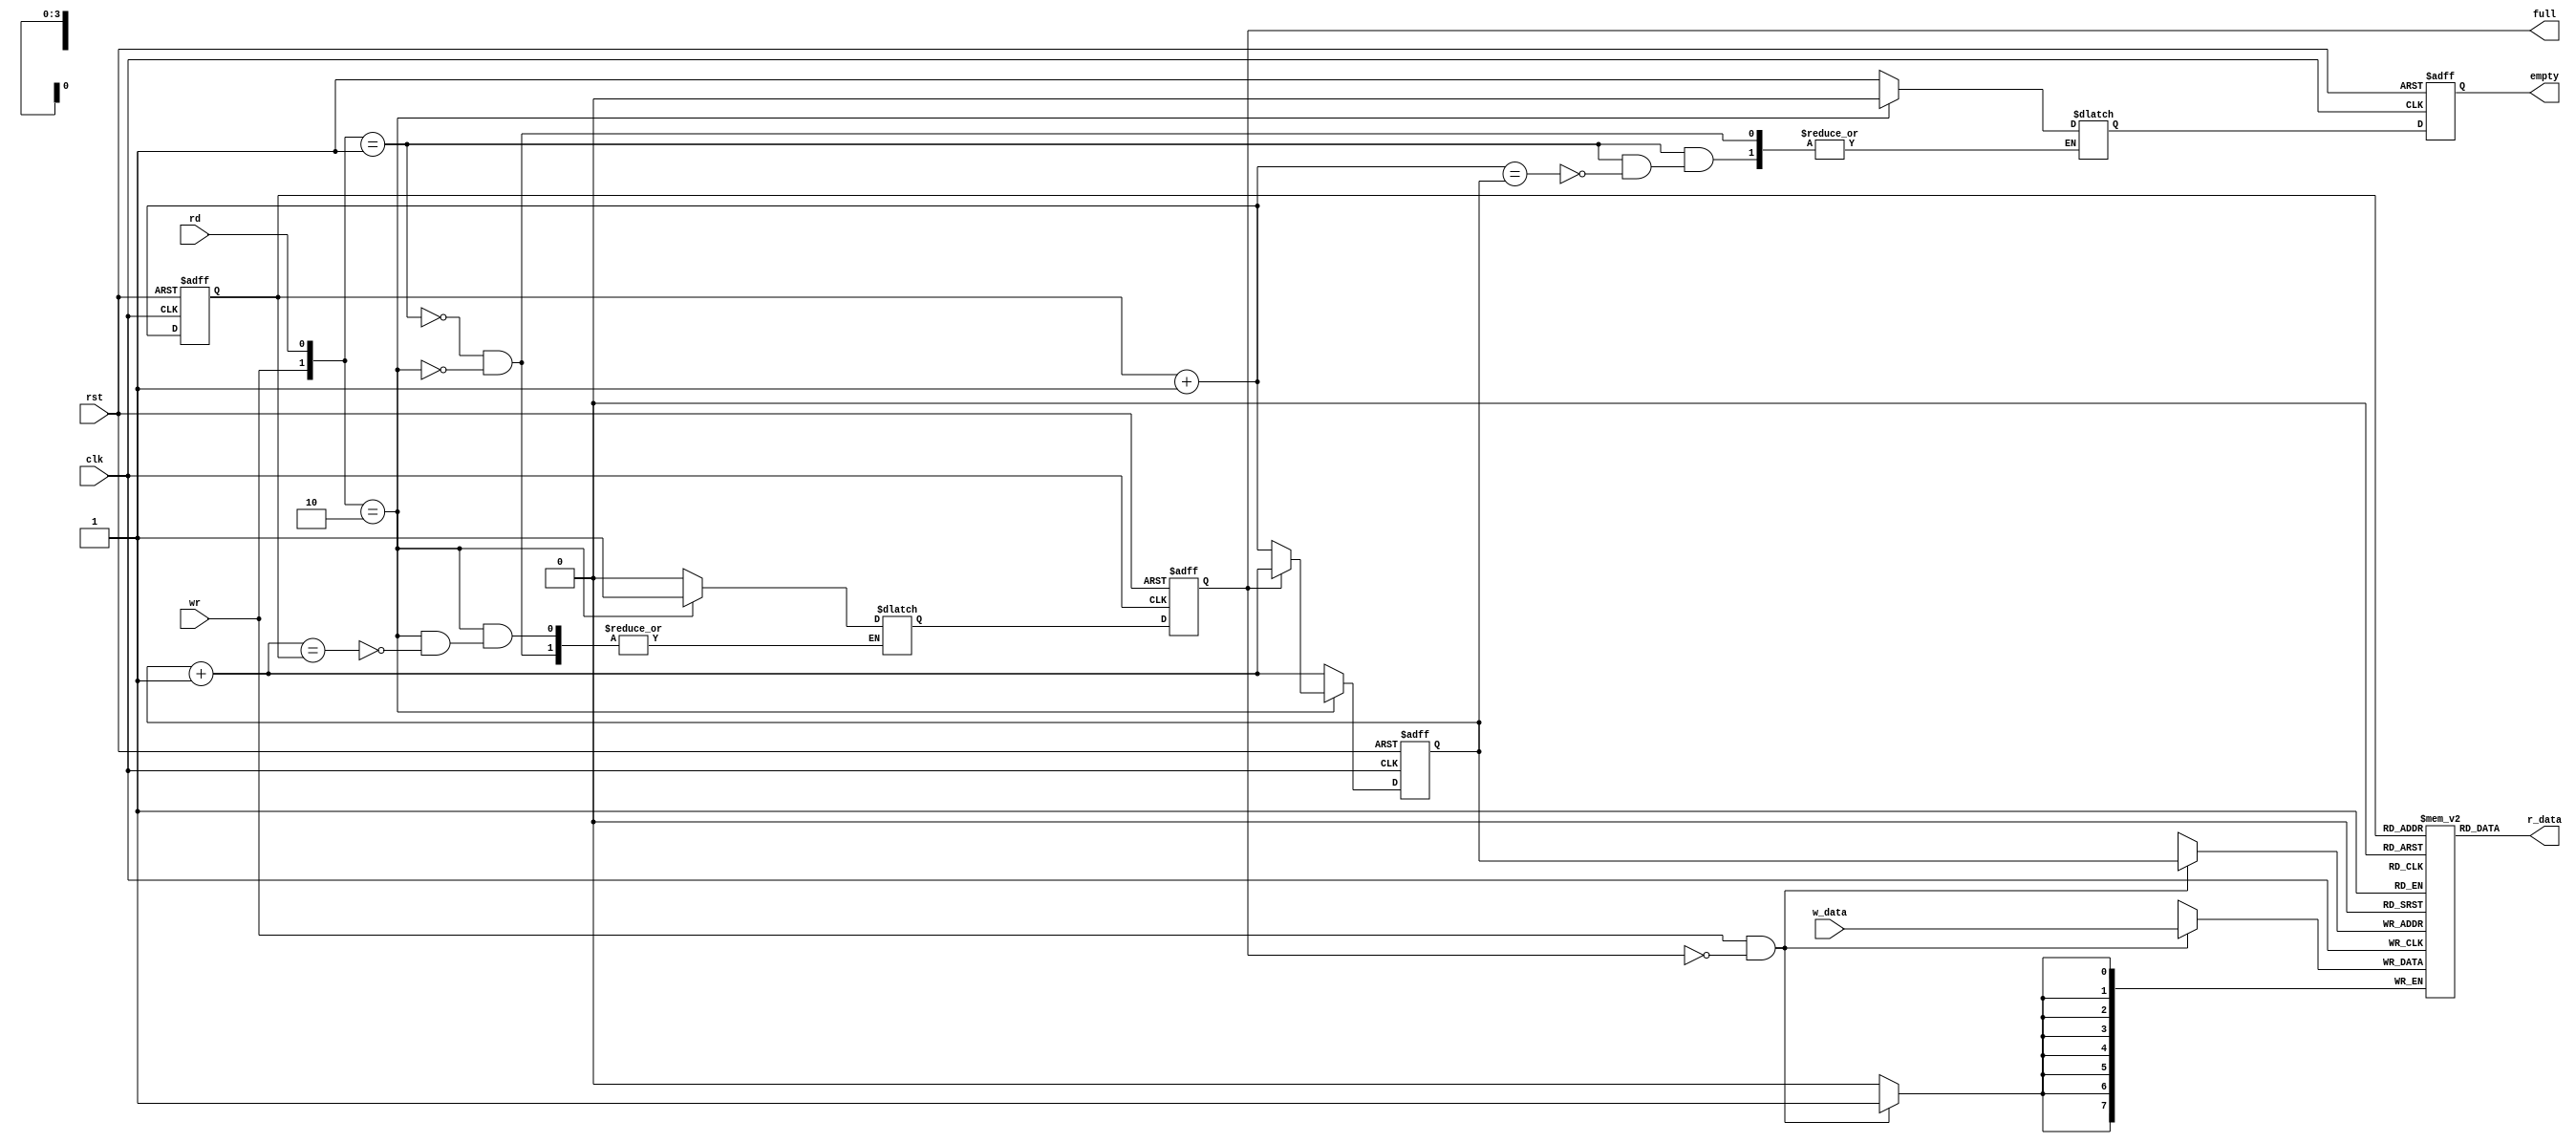
module FIFO#( parameter B = 8, W = 4)
(
	input wire clk, rst,
	input wr, rd,
	input [B-1:0] w_data,
	output wire empty, full,
	output wire [B-1:0] r_data
	);

//signal declaration
reg [B-1:0] array_reg[2**W-1:0];
reg [W-1:0] w_ptr_reg, w_ptr_next, w_ptr_succ;
reg [W-1:0] r_ptr_reg, r_ptr_next, r_ptr_succ;
reg full_reg, empty_reg, full_next, empty_next;
wire wr_en;
// next state logic for register file
always@(posedge clk)
   if(wr_en)
		array_reg[w_ptr_reg] <= w_data;
assign r_data = array_reg[r_ptr_reg];
assign wr_en = wr & (!full_reg);

//next state logic for pointer
always@(posedge clk, posedge rst)
if(rst)
	begin
   w_ptr_reg <= 0;
	r_ptr_reg <= 0;
	full_reg <= 1'b0;
	empty_reg <= 1'b0;
	end
else 
  begin
   w_ptr_reg <= w_ptr_next;
	r_ptr_reg <= r_ptr_next;
	full_reg <= full_next;
	empty_reg <= empty_next;
  end
// next_state logic
always@*
// default
begin
    w_ptr_succ = w_ptr_reg+1;
	 r_ptr_succ = r_ptr_reg+1;
	 w_ptr_next = w_ptr_reg+1;
	 r_ptr_next = r_ptr_reg+1;
	 case({wr, rd})
	 /*2'b00: w_ptr_next = w_ptr_reg;
			  r_ptr_next = r_ptr_reg;*/
	 2'b01:begin if(~empty_reg)
			  r_ptr_next = r_ptr_succ;
			  full_next = 1'b0;
			  if(r_ptr_succ == w_ptr_reg)
					empty_next = 1'b1;
			 end 
	 2'b10:begin if(~full_reg)
			  w_ptr_next = r_ptr_succ;  // check full -> write-> not empty -> check full
			  empty_next = 1'b0;
			  if(w_ptr_succ == r_ptr_reg)
					full_next = 1'b1;
			 end
	 2'b11:begin w_ptr_next = w_ptr_succ;  // not need to ckeck full or empty
			  r_ptr_next = r_ptr_succ;
	       end
	 endcase
end
assign full = full_reg;
assign empty = empty_reg;

 
 
endmodule